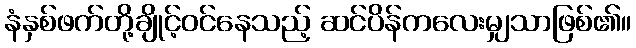
နံနှစ်ဖက်တို့ချိုင့်ဝင်နေသည့် ဆင်ပိန်ကလေးမျှသာဖြစ်၏။